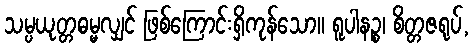
သမ္ပယုတ္တဓမ္မလျှင် ဖြစ်ကြောင်းရှိကုန်သော။ ရူပါနဉ္စ၊ စိတ္တဇရုပ်,